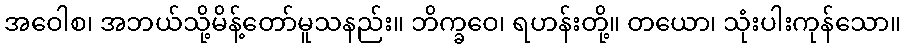
အဝေါစ၊ အဘယ်သို့မိန့်တော်မူသနည်း။ ဘိက္ခဝေ၊ ရဟန်းတို့။ တယော၊ သုံးပါးကုန်သော။